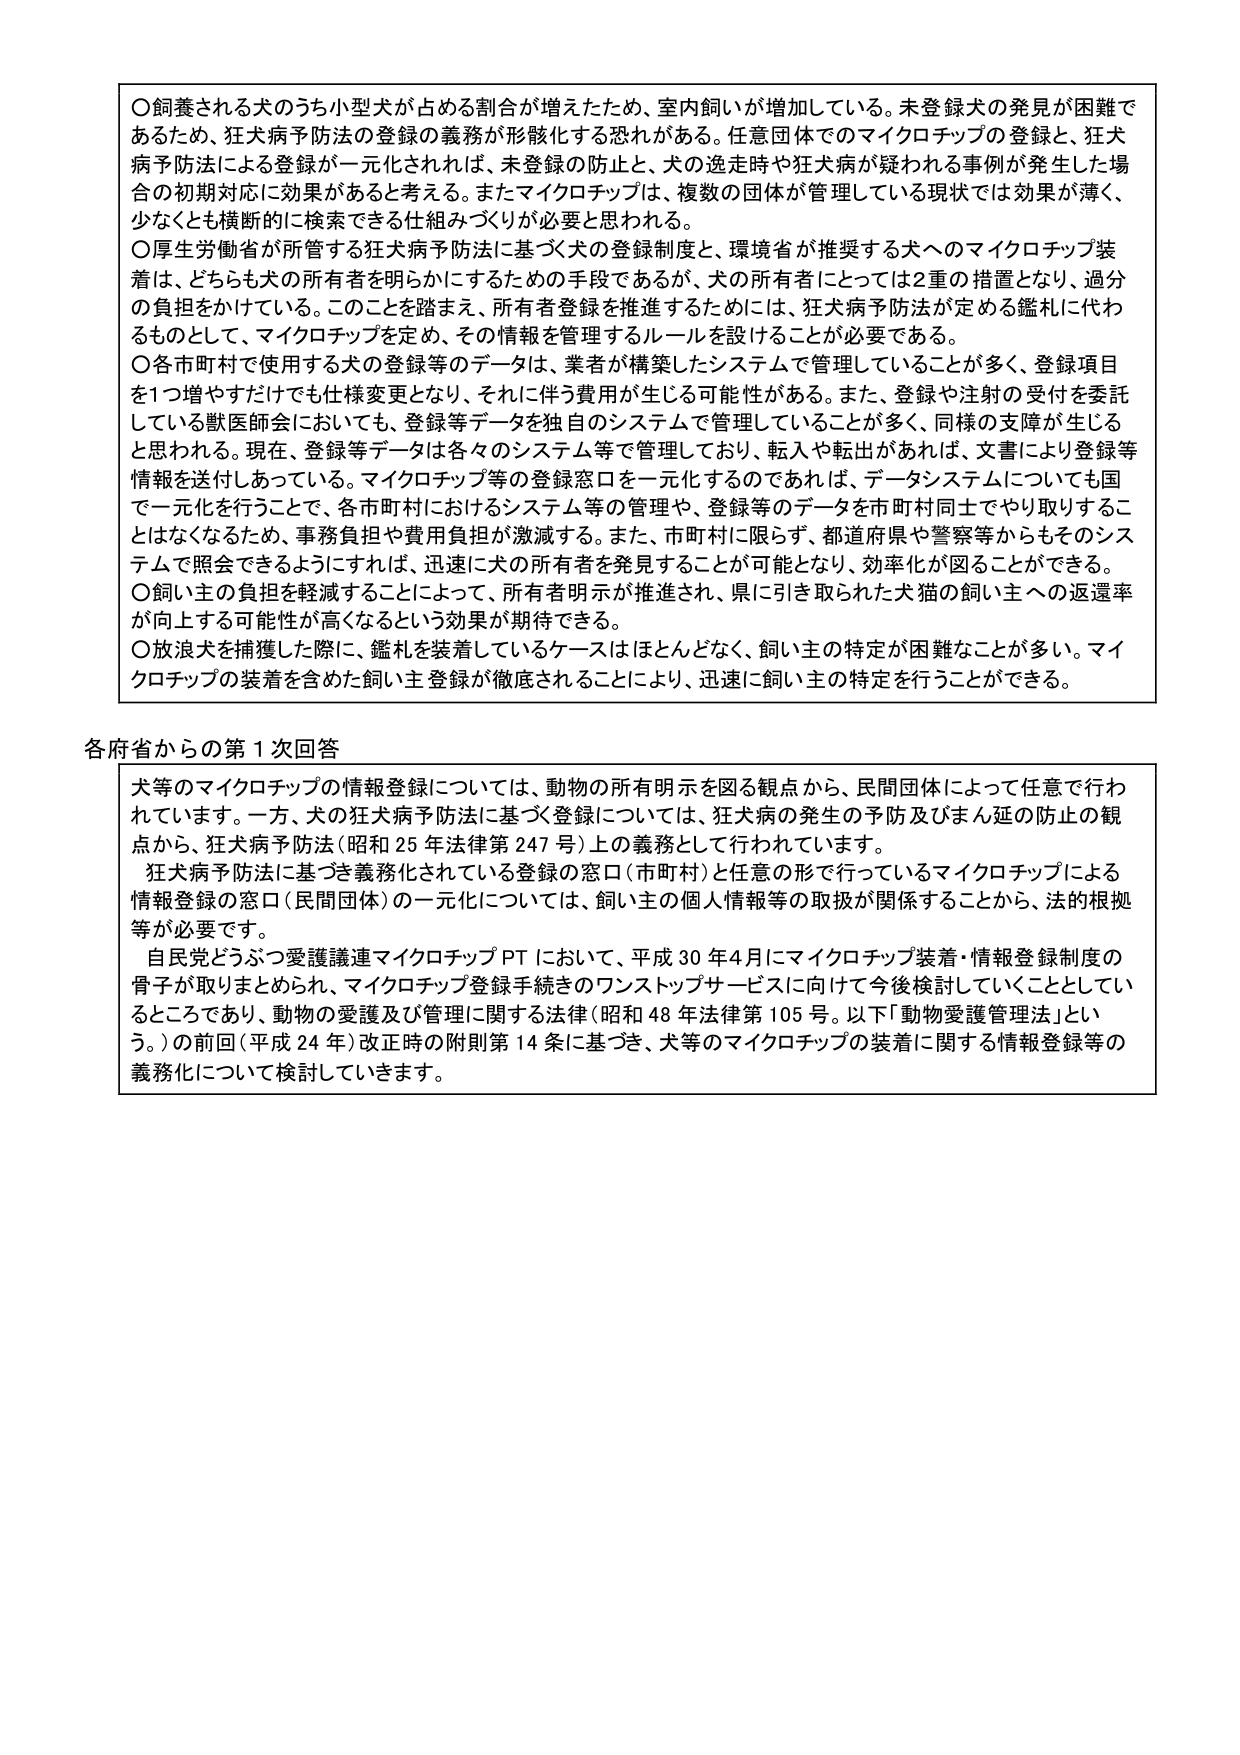
〇飼養される犬のうち小型犬が占める割合が増えたため、室内飼いが増加している。未登録犬の発見が困難であるため、狂犬病予防法の登録の義務が形骸化する恐れがある。任意団体でのマイクロチップの登録と、狂犬病予防法による登録が一元化されれば、未登録の防止と、犬の逸走時や狂犬病が疑われる事例が発生した場合の初期対応に効果があると考える。またマイクロチップは、複数の団体が管理している現状では効果が薄く、少なくとも横断的に検索できる仕組みづくりが必要と思われる。

〇厚生労働省が所管する狂犬病予防法に基づく犬の登録制度と、環境省が推奨する犬へのマイクロチップ装着は、どちらも犬の所有者を明らかにするための手段であるが、犬の所有者にとっては2重の措置となり、過分の負担をかけている。このことを踏まえ、所有者登録を推進するためには、狂犬病予防法が定める鑑札に代わるものとして、マイクロチップを定め、その情報を管理するルールを設けることが必要である。

〇各市町村で使用する犬の登録等のデータは、業者が構築したシステムで管理していることが多く、登録項目を1つ増やすだけでも仕様変更となり、それに伴う費用が生じる可能性がある。また、登録や注射の受付を委託している獣医師会においても、登録等データを独自のシステムで管理していることが多く、同様の支障が生じると思われる。現在、登録等データは各々のシステム等で管理しており、転入や転出があれば、文書により登録等情報を送付しあっている。マイクロチップ等の登録窓口を一元化するのであれば、データシステムについても国で一元化を行うことで、各市町村におけるシステム等の管理や、登録等のデータを市町村同士でやり取りすることなくなくなるため、事務負担や費用負担が激減する。また、市町村に限らず、都道府県や警察等からもそのシステムで照会できるようにすれば、迅速に犬の所有者を発見することが可能となり、効率化が図ることができる。

〇飼い主の負担を軽減することによって、所有者明示が推進され、県に引き取られた犬猫の飼い主への返還率が向上する可能性が高くなるという効果が期待できる。

〇放浪犬を捕獲した際に、鑑札を装着しているケースはほとんどなく、飼い主の特定が困難なことが多い。マイクロチップの装着を含めた飼い主登録が徹底されることにより、迅速に飼い主の特定を行うことができる。

各府省からの第1次回答

犬等のマイクロチップの情報登録については、動物の所有明示を図る観点から、民間団体によって任意で行われています。一方、犬の狂犬病予防法に基づく登録については、狂犬病の発生の予防及びまん延の防止の観点から、狂犬病予防法（昭和25年法律第247号）上の義務として行われています。

狂犬病予防法に基づき義務化されている登録の窓口（市町村）と任意の形で行っているマイクロチップによる情報登録の窓口（民間団体）の一元化については、飼い主の個人情報等の取扱が関係することから、法的根拠等が必要です。

自民党どうぶつ愛護議連マイクロチップPTにおいて、平成30年4月にマイクロチップ装着・情報登録制度の骨子が取りまとめられ、マイクロチップ登録手続きのワンストップサービスに向けて今後検討していくこととしているところであり、動物の愛護及び管理に関する法律（昭和48年法律第105号。以下「動物愛護管理法」という。）の前回（平成24年）改正時の附則第14条に基づき、犬等のマイクロチップの装着に関する情報登録等の義務化について検討していきます。